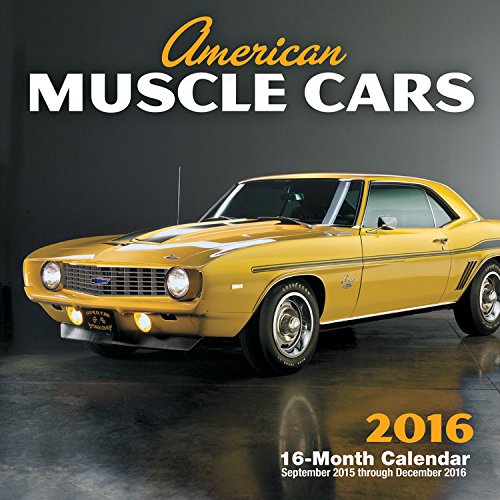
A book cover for American Muscle Cars 2016 Mini: 16-Month Calendar September 2015 through December 2016; Calendars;